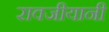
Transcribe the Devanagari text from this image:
रावजीयानी